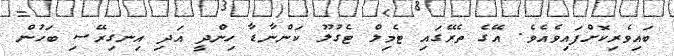
ބައިވެރިކޮށްފައިވެއެވެ. އޭގެ ތެރޭގައި ޓެމިލް ޓެގުލޫ ކަންނާޑާ ހިންދީ އަދި އިނގިރޭސި ބަހުން